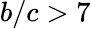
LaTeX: b/c>7